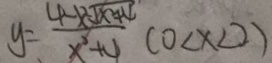
y = \frac { 4 - x ^ { 2 } \sqrt { x ^ { 2 } + 4 } } { x ^ { 2 } + 4 } ( 0 < x < 2 )